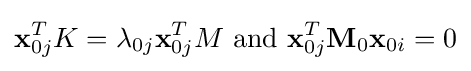
\mathbf {x} _{0j}^{T}K=\lambda _{0j}\mathbf {x} _{0j}^{T}M{\text{ and }}\mathbf {x} _{0j}^{T}\mathbf {M} _{0}\mathbf {x} _{0i}=0